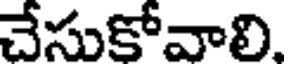
చేసుకోవాలి.